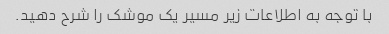
با توجه به اطلاعات زیر مسیر یک موشک را شرح دهید.